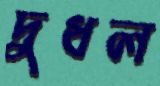
দুধল